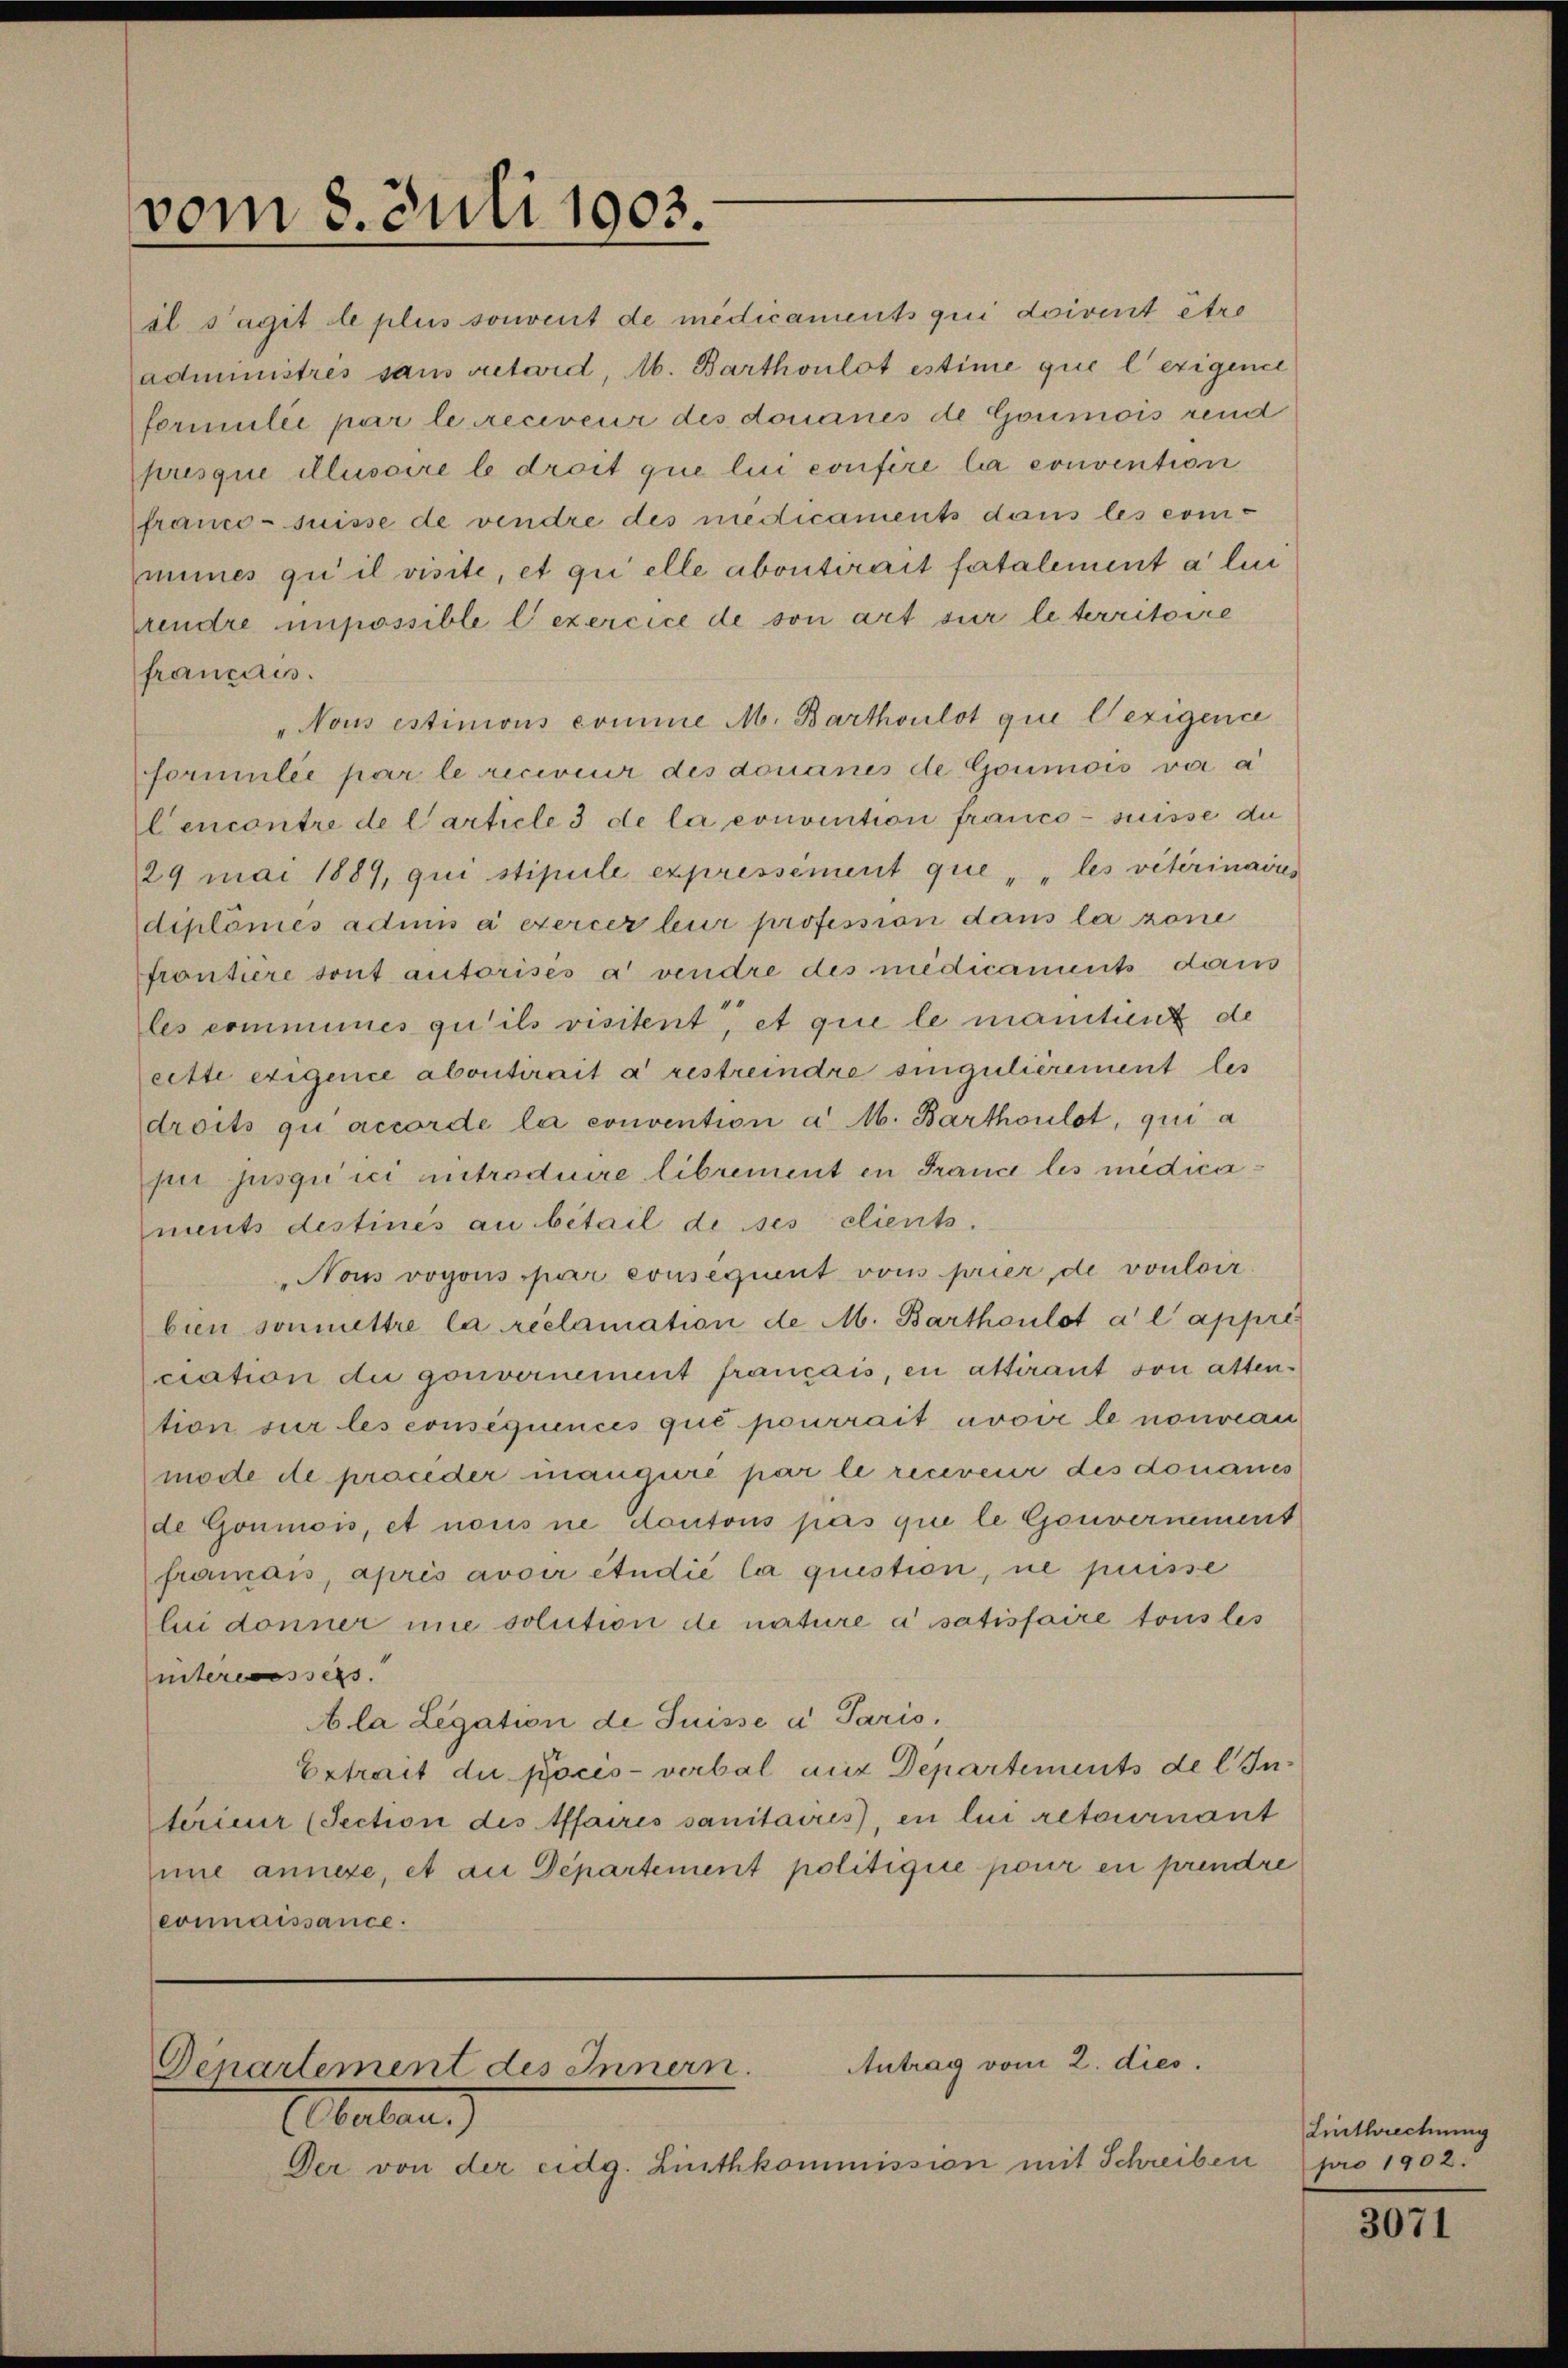
vom 8. Juli 1903.

sl s’agit de plus sonvent de medicaments qui doivent être
administrés sans victoid, A. Barthoulot estime que l’exigence
formulie par le reciveur des donanes de Goumois rend
prisque clusaire le droit que lui confère la convention
france suisse de vendre des medicaments dans les commines gu il visite, et qui elle abonterait fatalement a lin
prendre unpossible l’exercice de son art sur le territoire
francais
Nous estinions comme M. Barthoulot qui lezigence
formulée par le reciveur des donanes de Goumois vor a
Cencontre de l’article 3 de la convention franco- suisse du
29 mai 1889, qui stipule expressément que " " les veterinaires
diplomes admis à exercer leur profession dans la rone
frontiere sont autorisés a vendre des medicaments dans
les communes qu’ils visitent, et que le mantient de
eette exigence abontirait à restreindre singulièrement les
droits qui accorde la convention a M. Barthoulot, qui a
pii jusquici entroduire librement in France les medicaments destinées au bétail de ses clients.
Nous vogons par consequent vons prier de vouloir
bien sonmettre la reclamation de M. Barthoulot a l appres
ciation du gouvernement francais, en attirant son atten.
tion sur les consequences que pourrait avoir le nouveau
mode de proceder mangere par le receveur des donaues
de Goumis, et nous ne Contons pas que le Gouvernement
framais, après avoir étudié la question, ne puisse
lui donner nie solution de nature à satisfaire tous les
interessers.
Ala Legation de Suisse u. Pario,
Extrait du pöcis-verbal mir Departements de l. Interier (Section des Affaires sanitaires, en lui retournant
ine annexe, et an Departement politique pour en prendre
eonaissance.

Antrag vom 2. dies.
Departement des Innern.

Elbuben)
Der von der eidg. Linthkommission mit Schreiben

Linthrechung
pro 1902.

3071